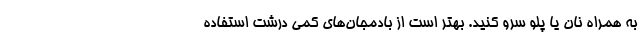
به همراه نان یا پلو سرو کنید. بهتر است از بادمجان‌های کمی درشت استفاده